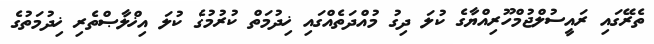
ތެރޭގައި ރައީސުލްޖުމްހޫރިއްޔާގެ ކުލަ ދިގު މުއްދަތެއްގައި ޚިދުމަތް ކުރުމުގެ ކުލަ އިޚްލާޞްތެރި ޚިދުމަތުގެ